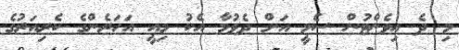
މި ދެ އިވެންޓުން ސެމީ އަށް ދެވުމާ އެކު މިއީ އަހަރެންގެ ކެރިއަރުގެ